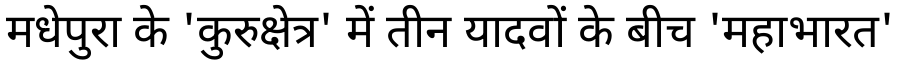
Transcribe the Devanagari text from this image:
मधेपुरा के 'कुरुक्षेत्र' में तीन यादवों के बीच 'महाभारत'